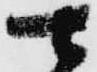
可